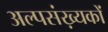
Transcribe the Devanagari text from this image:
अल्पसंख़्यकों